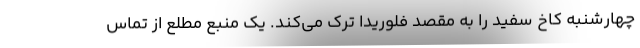
چهارشنبه کاخ سفید را به مقصد فلوریدا ترک می‌کند. یک منبع مطلع از تماس